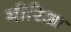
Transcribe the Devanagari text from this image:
मीरिआ